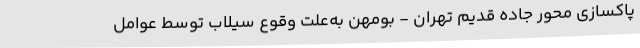
پاکسازی محور جاده قدیم تهران - بومهن به‌علت وقوع سیلاب توسط عوامل